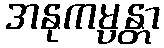
အနုကမ္ပန္တာ